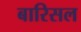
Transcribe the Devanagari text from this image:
बारिसल